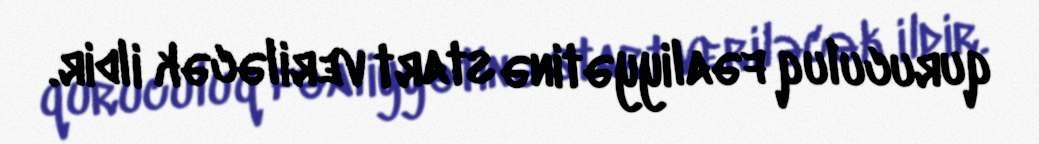
quruculuq fəaliyyətinə start veriləcək ildir.